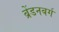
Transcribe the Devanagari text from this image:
ब्रेंडनबर्ग